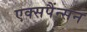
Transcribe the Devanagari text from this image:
एक्सपैंन्सन